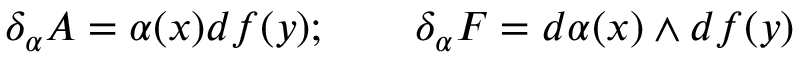
\delta _ { \alpha } A = \alpha ( x ) d f ( y ) ; \qquad \delta _ { \alpha } F = d \alpha ( x ) \wedge d f ( y )